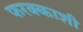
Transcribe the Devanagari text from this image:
फरक्काशी